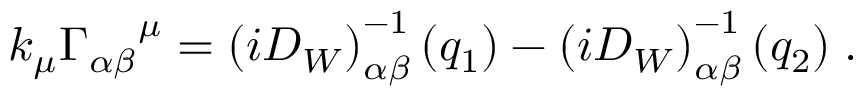
k _ { \mu } { \Gamma _ { \alpha \beta } } ^ { \mu } = \left( i D _ { W } \right) _ { \alpha \beta } ^ { - 1 } ( q _ { 1 } ) - \left( i D _ { W } \right) _ { \alpha \beta } ^ { - 1 } ( q _ { 2 } ) \; .